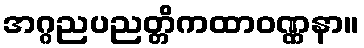
အဂ္ဂညပညတ္တိကထာဝဏ္ဏနာ။